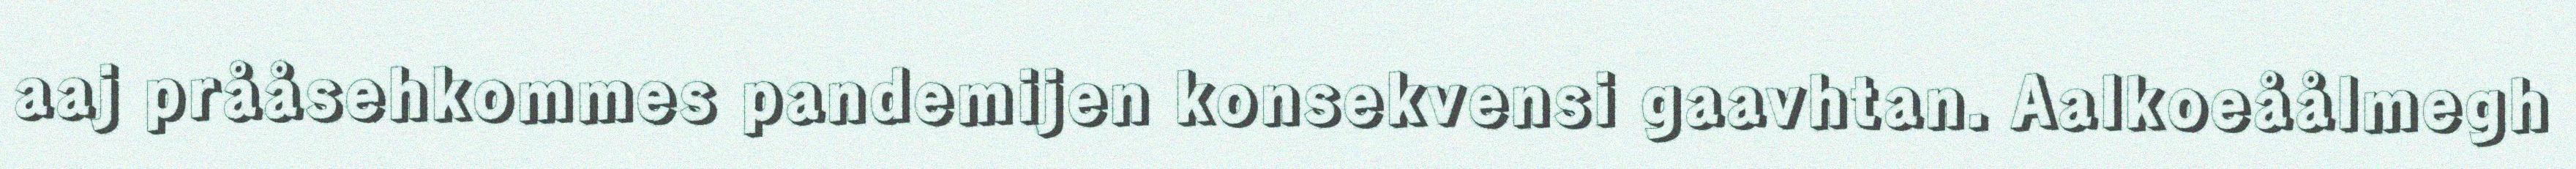
aaj prååsehkommes pandemijen konsekvensi gaavhtan. Aalkoeåålmegh